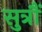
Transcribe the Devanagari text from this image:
सुत्रौं